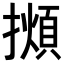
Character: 𢶃